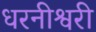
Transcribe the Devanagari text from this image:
धरनीश्वरी